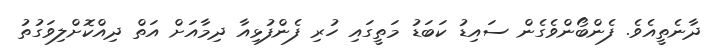
ދާނެތީއެވެ. ފެންބޯންވެގެން ސައިޑު ކަބަޑު މަތީގައި ހުރި ފެންފުޅިއާ ދިމާއަށް އަތް ދިއްކޮށްލިވަގުތު